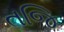
તજિ